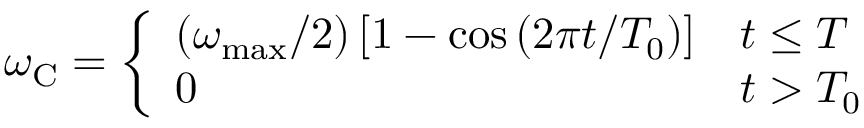
\begin{array} { r } { \omega _ { \mathrm { C } } = \left\{ \begin{array} { l l } { \left( \omega _ { \mathrm { m a x } } / 2 \right) \left[ 1 - \cos \left( 2 \pi t / T _ { 0 } \right) \right] } & { t \leq T } \\ { 0 } & { t > T _ { 0 } } \end{array} \right. } \end{array}